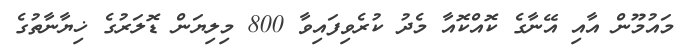
މައުމޫން އާއި އޭނާގެ ކޮއްކޮއާ މެދު ކުރެވިފައިވާ 800 މިލިޔަން ޑޮލަރުގެ ޚިޔާނާތުގެ